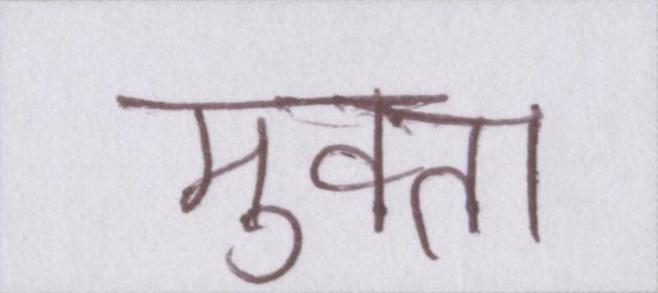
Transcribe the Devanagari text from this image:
मुक्ता